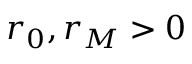
r _ { 0 } , r _ { M } > 0